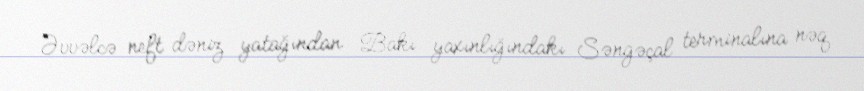
Əvvəlcə neft dəniz yatağından Bakı yaxınlığındakı Səngəçal terminalına nəq